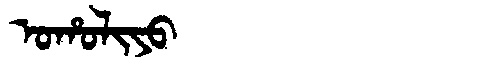
Manchu: ᠣᡥᠣᠯᡳᠶᠣ
Romanization: OHOLIYO